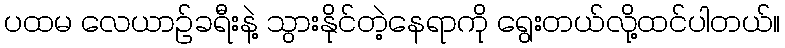
ပထမ လေယာဉ်ခရီးနဲ့ သွားနိုင်တဲ့နေရာကို ရွေးတယ်လို့ထင်ပါတယ်။